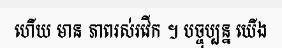
ហើយ មាន ភាពរស់រវើក ។ បច្ចុប្បន្ន យើង